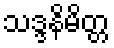
သဒ္ဒနိမိတ္တ